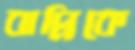
বাপ্পিকে